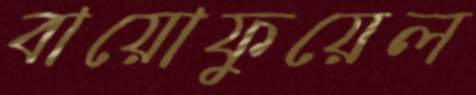
বায়োফুয়েল